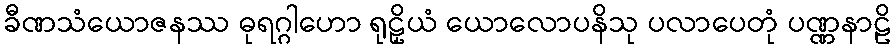
ခီဏသံယောဇနဿ ဓုရဂ္ဂါဟော ရုဠှိယံ ယောလောပနိသု ပလာပေတုံ ပဏ္ဏနာဠိ